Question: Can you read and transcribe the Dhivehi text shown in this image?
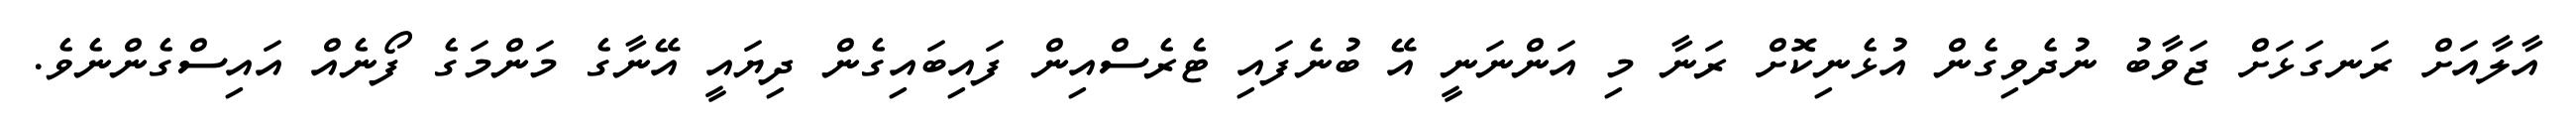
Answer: އާލާއަށް ރަނގަޅަށް ޖަވާބު ނުދެވިގެން އުޅެނިކޮށް ރަނާ މި އަންނަނީ އޭ ބުނެފައި ޓެރެސްއިން ފައިބައިގެން ދިޔައީ އޭނާގެ މަންމަގެ ފޯނެއް އައިސްގެންނެވެ.